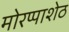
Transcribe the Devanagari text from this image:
मोरप्पाशेठ